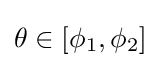
{\textstyle \theta \in [\phi _{1},\phi _{2}]}